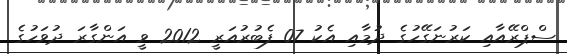
ސްޕްރޭއާއި ކަރުނަގޭހުގެ ދުމާއި އެކު 07 ފެބުރުއަރީ 2012 ވީ އަންގާރަ ދުވަހުގެ